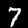
Digit: 7